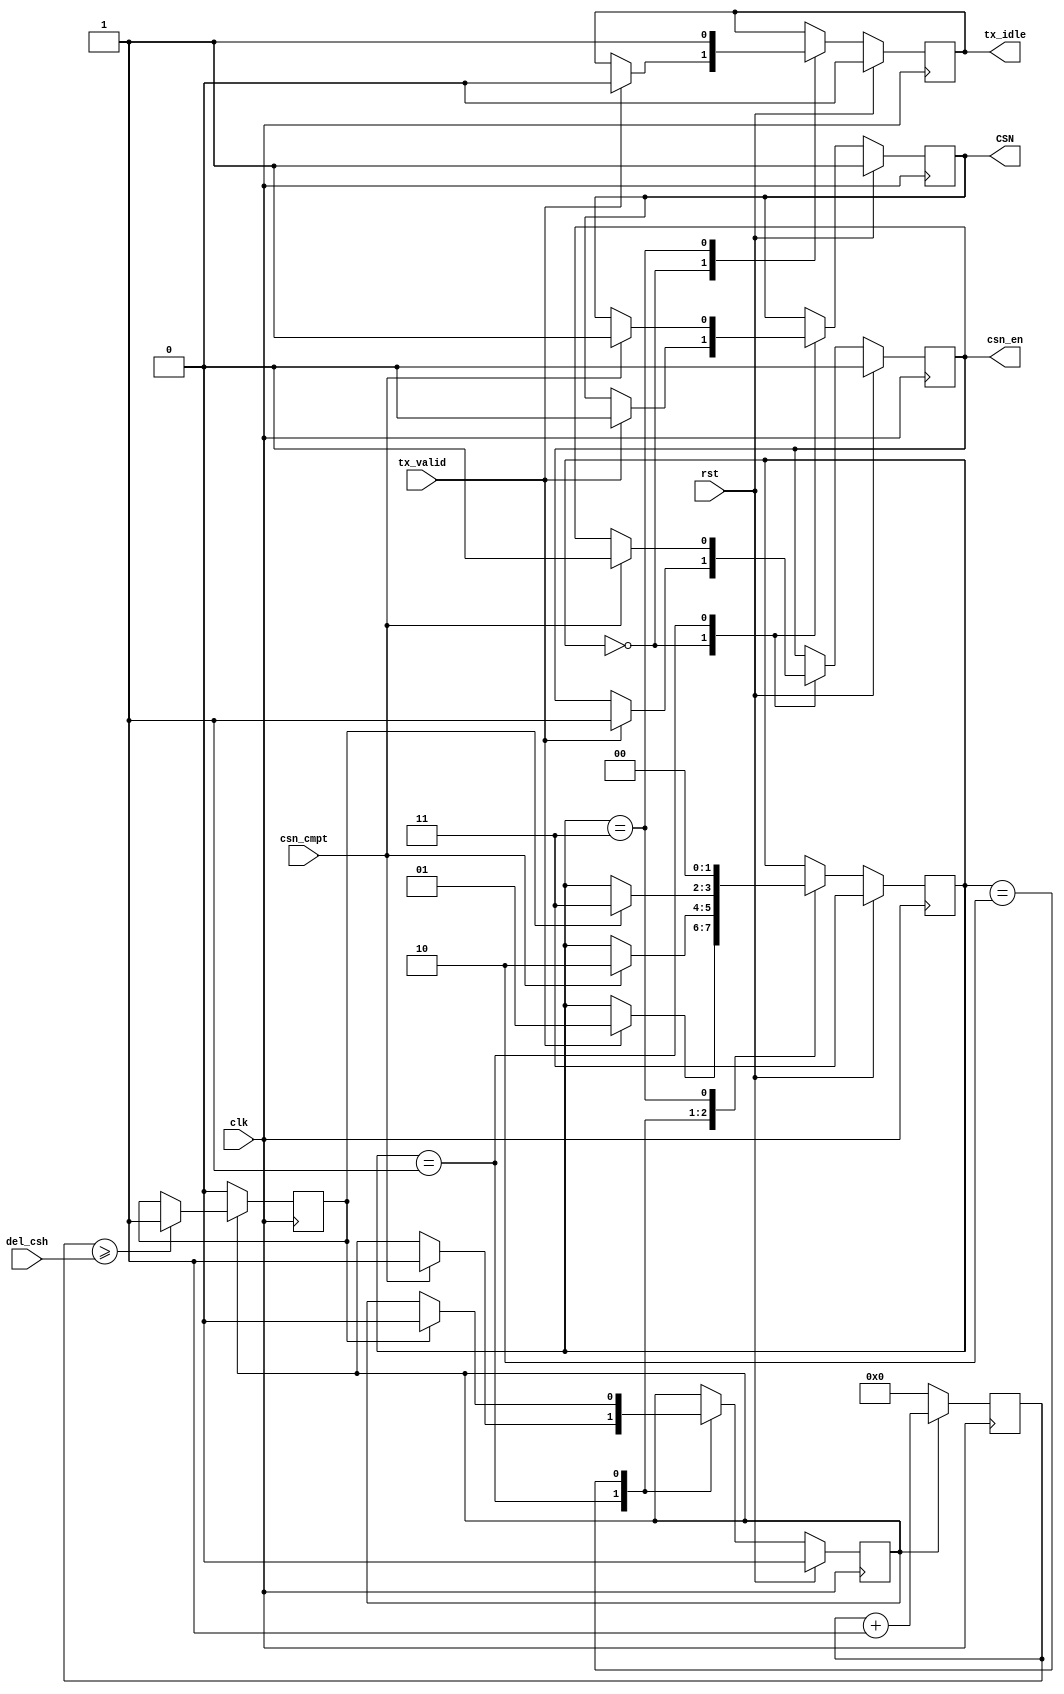
`timescale 1ns / 1ps
//////////////////////////////////////////////////////////////////////////////////
// Company:
// Engineer:
//
// Design Name:
// Module Name: Tspi_tx_ctl
// Project Name:
// Target Devices:
// Tool Versions:
// Description:
//
// Dependencies:
//
// Revision:
// Revision 0.01 - File Created
// Additional Comments:
//
//////////////////////////////////////////////////////////////////////////////////


module Tspi_tx_ctl
#(
parameter SPI0_2 = 32
)(
input                     clk         ,
input                     rst         ,
input    [SPI0_2-1:0]     del_csh     ,
output                    tx_idle     ,
input                     tx_valid    ,
output                    csn_en      ,
input                     csn_cmpt    ,
output                    CSN
    );

reg t_tx_idle=0;
reg t_csn_en =0;
reg t_CSN    =1;

reg[SPI0_2-1:0] del_csh_cnt     =0;
reg             del_csh_cnt_en  =0;
reg             del_csh_cnt_cmpt=0;

localparam S_IDLE = 0,
           S_CSN  = 1,
           S_DEL  = 2,
           S_CMPT = 3;
reg[1:0] state=S_CMPT;
always@(posedge clk)begin
	if(rst)begin
		state          <= S_CMPT;
		t_tx_idle      <= 0     ;
		t_csn_en       <= 0     ;
		t_CSN          <= 1     ;
		del_csh_cnt_en <= 0     ;
	end else begin
		case(state)
			S_IDLE :begin
				if(tx_valid)begin
					t_tx_idle <= 0     ;
					t_csn_en  <= 1     ;
					t_CSN     <= 0     ;
					state     <= S_CSN ;
				end
			end
			S_CSN  :begin
				if(csn_cmpt)begin
					t_csn_en       <= 0     ;
					t_CSN          <= 1     ;
					del_csh_cnt_en <= 1     ;
					state          <= S_DEL ;
				end
			end
			S_DEL  :begin
				if(del_csh_cnt_cmpt)begin
					del_csh_cnt_en <= 0      ;
					state          <= S_CMPT ;
				end
			end
		  S_CMPT :begin
		  	t_tx_idle <= 1     ;
				state     <= S_IDLE;
		  end
		endcase
	end
end

always@(posedge clk)begin
	if(!del_csh_cnt_en)begin
		del_csh_cnt      <= 0;
		del_csh_cnt_cmpt <= 0;
	end else begin
		del_csh_cnt <= del_csh_cnt + 1;
		if(del_csh_cnt>=del_csh)begin
			del_csh_cnt_cmpt <= 1;
		end
	end
end

assign tx_idle = t_tx_idle;
assign csn_en  = t_csn_en ;
assign CSN     = t_CSN    ;

endmodule